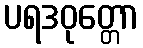
ပရဒဝုတ္တော